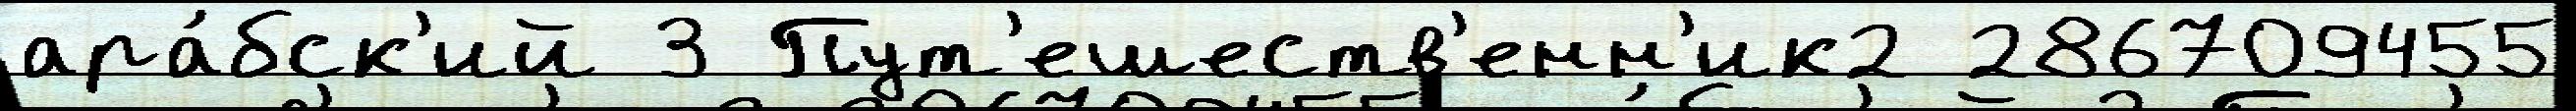
ара́бск'ий 3 Пут'ешеств'енн'ик2 286709455